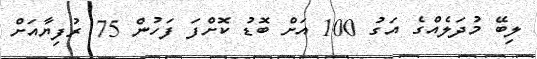
ލިބޭ މުދަލެއްގެ އަގު 100 އަށް ބޮޑު ކޮށްފަ ފަހުން 75 ރުފިޔާއަށް